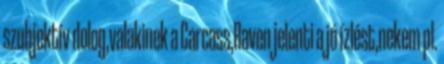
szubjektí­v dolog,valakinek a Carcass,Raven jelenti a jó í­zlést,nekem pl.